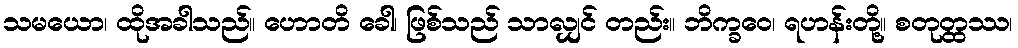
သမယော၊ ထိုအခါသည်။ ဟောတိ ခေါ၊ ဖြစ်သည် သာလျှင် တည်း။ ဘိက္ခဝေ၊ ရဟန်းတို့။ စတုတ္ထဿ၊